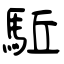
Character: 駈